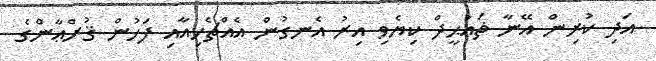
އަދި ކުރިން އޭނާ ޡައުޙީދް ކިޔެވި އިރު އެނގުން އެއްޗެހިއާއި ފަހުން ޤުރްޢާންގެ